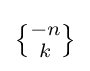
{\textstyle \left\{{\!-n\! \atop \!k\!}\right\}}